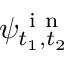
\psi _ { t _ { 1 } , t _ { 2 } } ^ { \mathrm { ~ i ~ n ~ } }